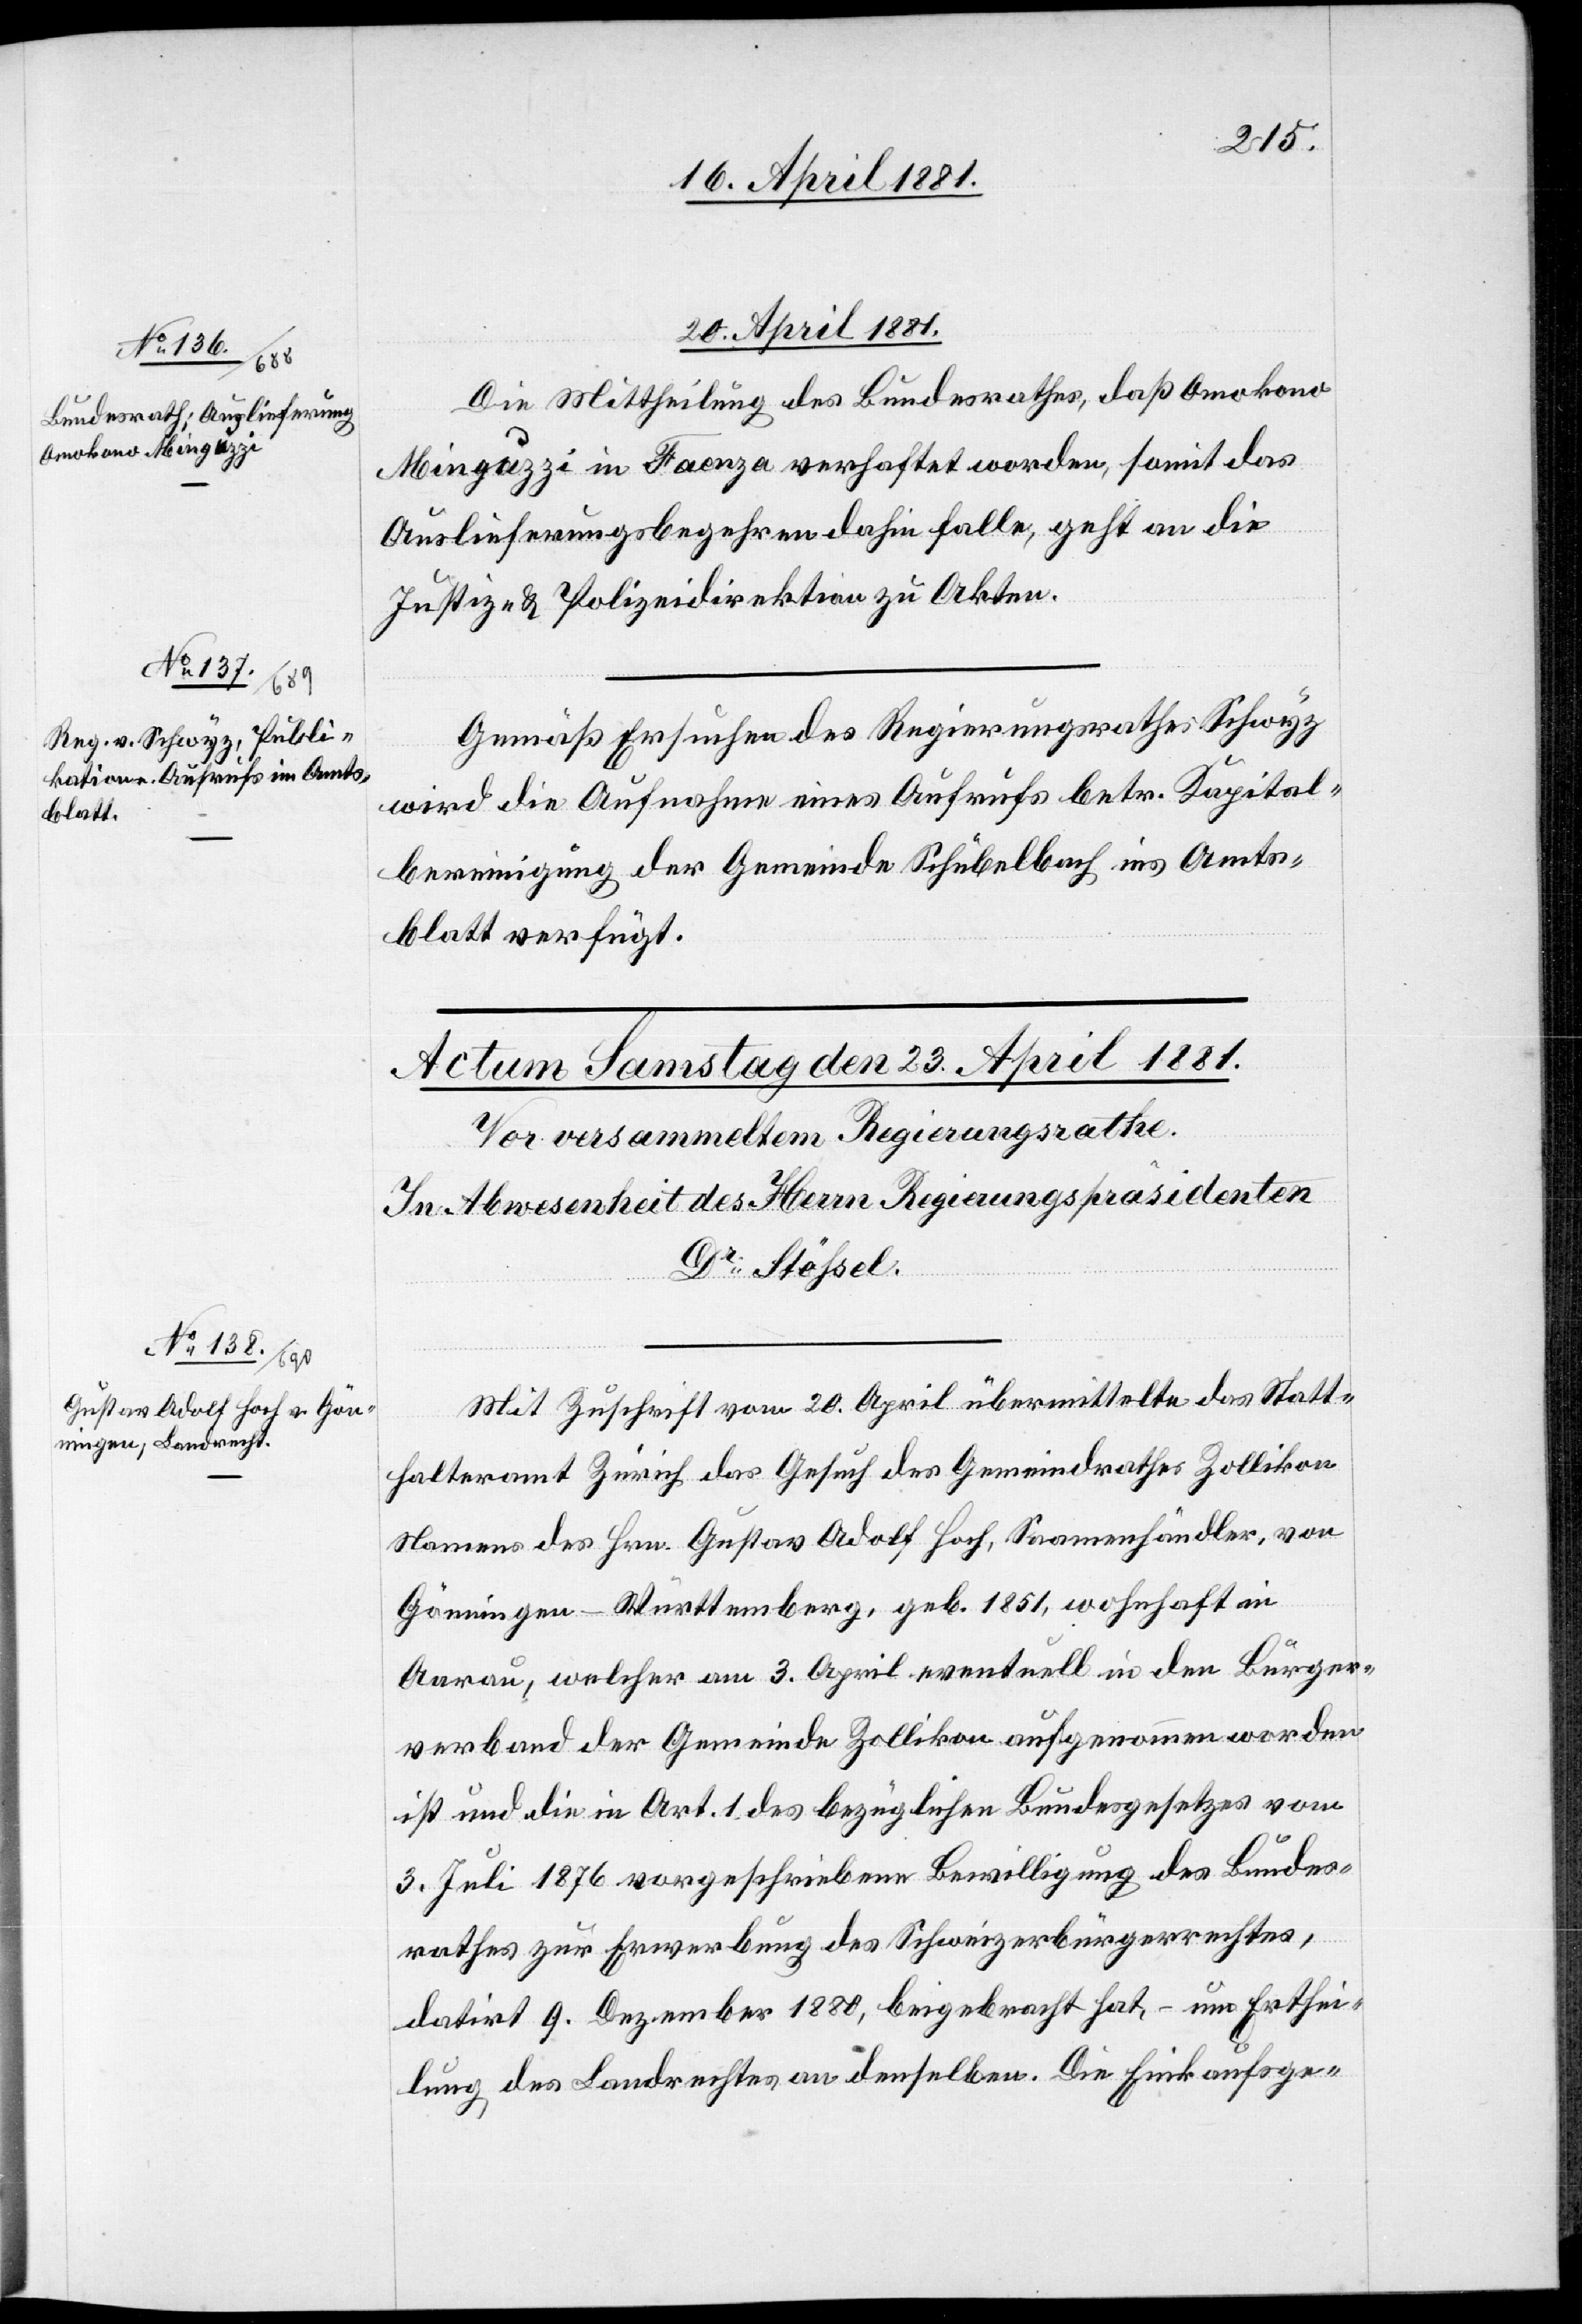
20. April 1881
Die Mittheilung des Bundesrathes, daß Omokono
Minguzzi in Faenza verhaftet worden, somit das
Auslieferungsbegehren dahin falle, geht an die
Justiz- & Polizeidirektion in Akten.
Gemäß Ersuchen des Regierungsrathes Schwyz
wird die Aufnahme eines Aufrufs betr. Kapital¬
bereinigung der Gemeinde Schübelbach ins Amts¬
blatt verfügt.
Mit Zuschrift vom 20. April übermittelte das Statt¬
halteramt Zürich das Gesuch des Gemeindrathes Zollikon
Namens des Hrn. Gustav Adolf Hoch, Saamenhändler, von
Gönningen - Würtemberg, geb. 1851, wohnhaft in
Aarau, welcher am 3. April eventuell in den Bürger¬
verband der Gemeinde Zollikon aufgenommen worden
ist und die in Art. 1 des bezüglichen Bundesgesetzes vom
3. Juli 1876 vorgeschriebene Bewilligung des Bundes¬
rathes zur Erwerbung des Schweizerbürgerrechtes,
datirt 9. Dezember 1880, beigebracht hat, – um Erthei¬
lung des Landrechtes an denselben. Die Einkaufsge-